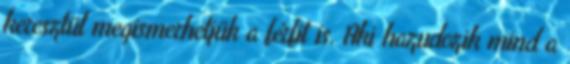
keresztül megismerhetjük a férfit is. Aki hazudozik mind a